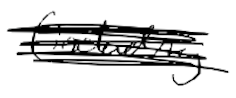
Text: (including
Cross-out: scratch
Writing tool: digital_black